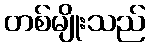
တစ်မျိုးသည်